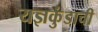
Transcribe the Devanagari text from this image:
यज्ञकुंडाची